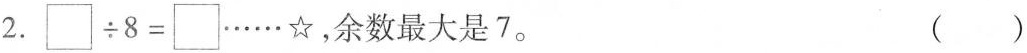
2. $$\square \div 8= \square……☆$$，余数最大是7。 ( )